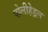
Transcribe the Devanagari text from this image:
पोलीहेड्रल